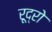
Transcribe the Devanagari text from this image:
रूद्रो